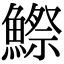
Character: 鰶